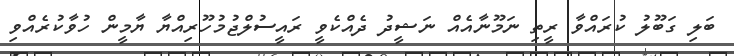
ބަލި ގަބޫލު ކުރައްވާ ރީތި ނަމޫނާއެއް ނަޝީދު ދެއްކެވީ ރައީސުލްޖުމުހޫރިއްޔާ ޔާމީން ހުވާކުރެއްވި